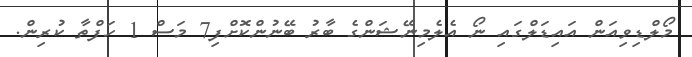
މޯލްޑިވިއަން އައިޑަލްގައި ނޯ އެލެމިނޭޝަންގެ ބާރު ބޭނުންކޮށްފި7 މަސް 1 ހަފްތާ ކުރިން.